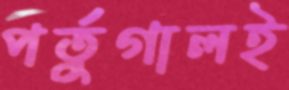
পর্তুগালই